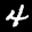
Label: 4